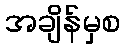
အချိန်မှစ